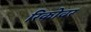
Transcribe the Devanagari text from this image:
रिकोवर